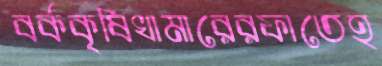
বর্ককৃষিখামারেরফাতেহ